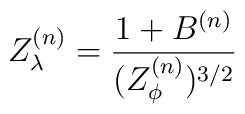
Z_{\lambda }^{(n)}=\frac{1+B^{(n)}}{(Z_{\phi }^{(n)})^{3/2}}